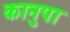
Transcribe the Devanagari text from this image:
कानुपा